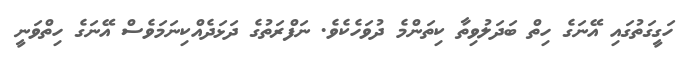
ހަގީގަތުގައި އޭނަގެ ހިތް ބަދަލުވިތާ ކިތަންމެ ދުވަހެކެވެ. ނަފްރަތުގެ ދަޅަދެއްކިނަމަވެސް އޭނަގެ ހިތްވަނީ